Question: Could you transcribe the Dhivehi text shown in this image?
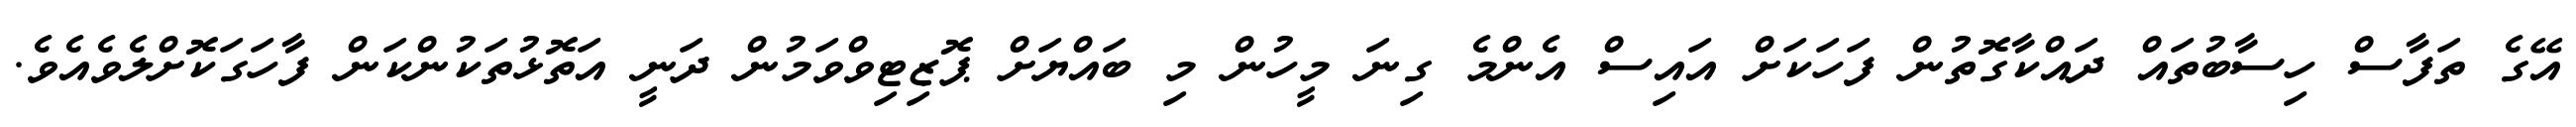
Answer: އޭގެ ތަފާސް ހިސާބުތައް ދައްކާގޮތުން ފަހަކަށް އައިސް އެންމެ ގިނަ މީހުން މި ބައްޔަށް ޕޮޒިޓިވްވަމުން ދަނީ އަތޮޅުތަކުންކަން ފާހަގަކޮށްލެވެއެވެ.